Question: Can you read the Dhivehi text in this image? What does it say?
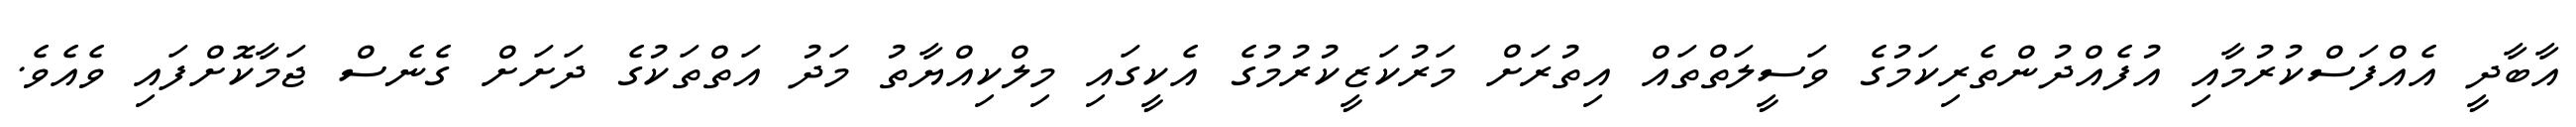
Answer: އާބާދީ އެއްފަސްކުރުމާއި އުފެއްދުންތެރިކަމުގެ ވަސީލަތްތައް އިތުރަށް މަރުކަޒީކުރުމުގެ އެކީގައި މިލްކިއްޔާތު މަދު އަތްތަކުގެ ދަށަށް ގެނެސް ޖަމާކޮށްފައި ވެއެވެ.